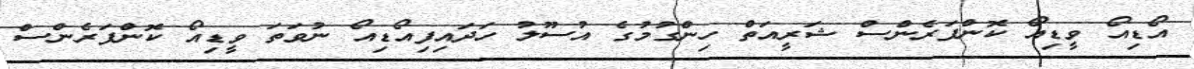
އޯޑިއޯ ވީޑިއޯ ކޮންފަރެންސް ޝަރީއަތް ހިންގުމުގެ އުސޫލު ހަދައިފިއޯޑިއޯ ނުވަތަ ވީޑިއޯ ކޮންފަރެންސް